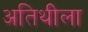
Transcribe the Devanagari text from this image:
अतिथीला